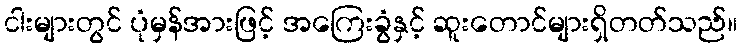
ငါးများတွင် ပုံမှန်အားဖြင့် အကြေးခွံနှင့် ဆူးတောင်များရှိတတ်သည်။